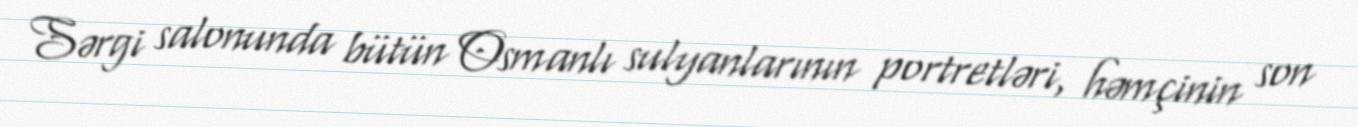
Sərgi salonunda bütün Osmanlı sulyanlarının portretləri, həmçinin son